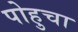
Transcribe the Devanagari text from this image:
पोहुचा